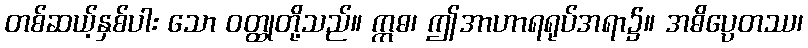
တစ်ဆယ့်နှစ်ပါး သော ဝတ္ထုတို့သည်။ ဣဓ၊ ဤအာဟာရရုပ်အရာ၌။ အဓိပ္ပေတဿ၊